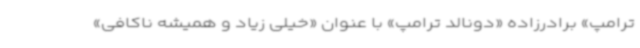
ترامپ» برادرزاده «دونالد ترامپ» با عنوان «خیلی زیاد و همیشه ناکافی»